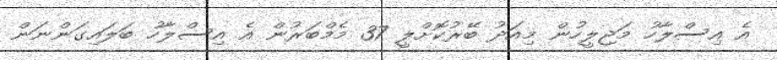
އެ އިސްލާހު މަޖިލީހުން މިއަދު ބޭރުކޮށްލީ 37 މެމްބަރުން އެ އިސްލާހު ބަލައިގަންނަން